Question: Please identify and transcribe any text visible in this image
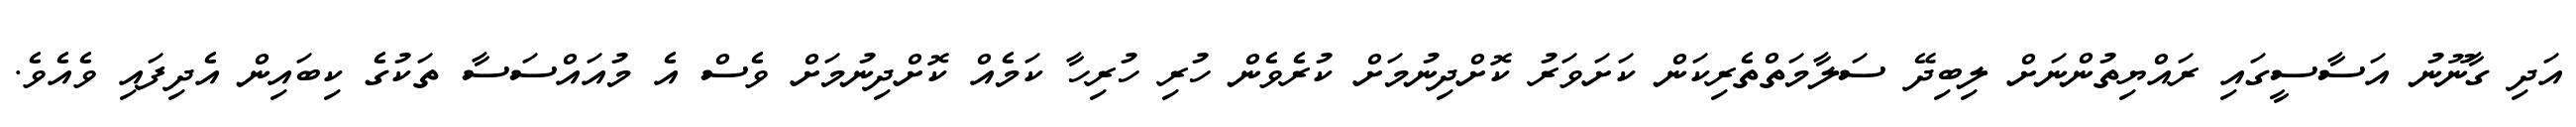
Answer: އަދި ގާނޫނު އަސާސީގައި ރައްޔިތުންނަށް ލިބިދޭ ސަލާމަތްތެރިކަން ކަށަވަރު ކޮށްދިނުމަށް ކުރެވެން ހުރި ހުރިހާ ކަމެއް ކޮށްދިނުމަށް ވެސް އެ މުއައްސަސާ ތަކުގެ ކިބައިން އެދިފައި ވެއެވެ.